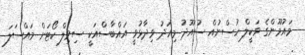
މައުމޫންގެ ވަކީލް ހުސްނުއް ސުއޫދު މިއަދު ވިދާޅުވީ އައްބާސްއަކީ ސިވިލް ކޯޓަށް މައްސަލަ